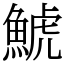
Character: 鯱